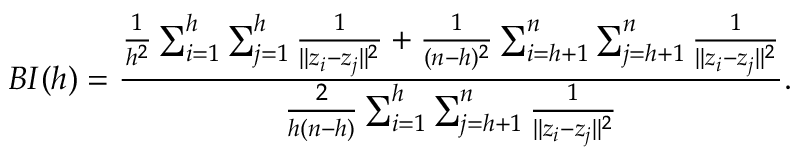
B I ( h ) = \frac { \frac { 1 } { h ^ { 2 } } \sum _ { i = 1 } ^ { h } \sum _ { j = 1 } ^ { h } \frac { 1 } { \Vert z _ { i } - z _ { j } \Vert ^ { 2 } } + \frac { 1 } { ( n - h ) ^ { 2 } } \sum _ { i = h + 1 } ^ { n } \sum _ { j = h + 1 } ^ { n } \frac { 1 } { \Vert z _ { i } - z _ { j } \Vert ^ { 2 } } } { \frac { 2 } { h ( n - h ) } \sum _ { i = 1 } ^ { h } \sum _ { j = h + 1 } ^ { n } \frac { 1 } { \Vert z _ { i } - z _ { j } \Vert ^ { 2 } } } .